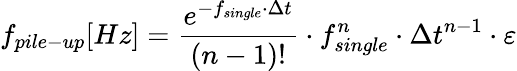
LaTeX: f_{pile-up}[Hz]=\frac{e^{-f_{single}\cdot\Delta t}}{(n-1)!}\cdot f_{single}^{n}\cdot\Delta t^{n-1}\cdot\varepsilon